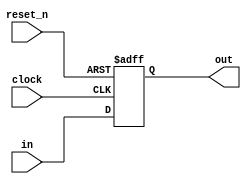
module DelayReg(
    input wire [data-1:0] in,
	 input wire clock,
	 input wire reset_n,
    output reg [data-1:0] out
	 );
	 
	initial
	begin
		out = 0;
	end
	
	parameter data=8;
	 
	always @(posedge clock or negedge reset_n)
	begin: pass_value
		if(~reset_n)
			out = 0;
		else
			out = in;
	end
	
endmodule